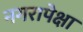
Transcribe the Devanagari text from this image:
नगरापेक्षा